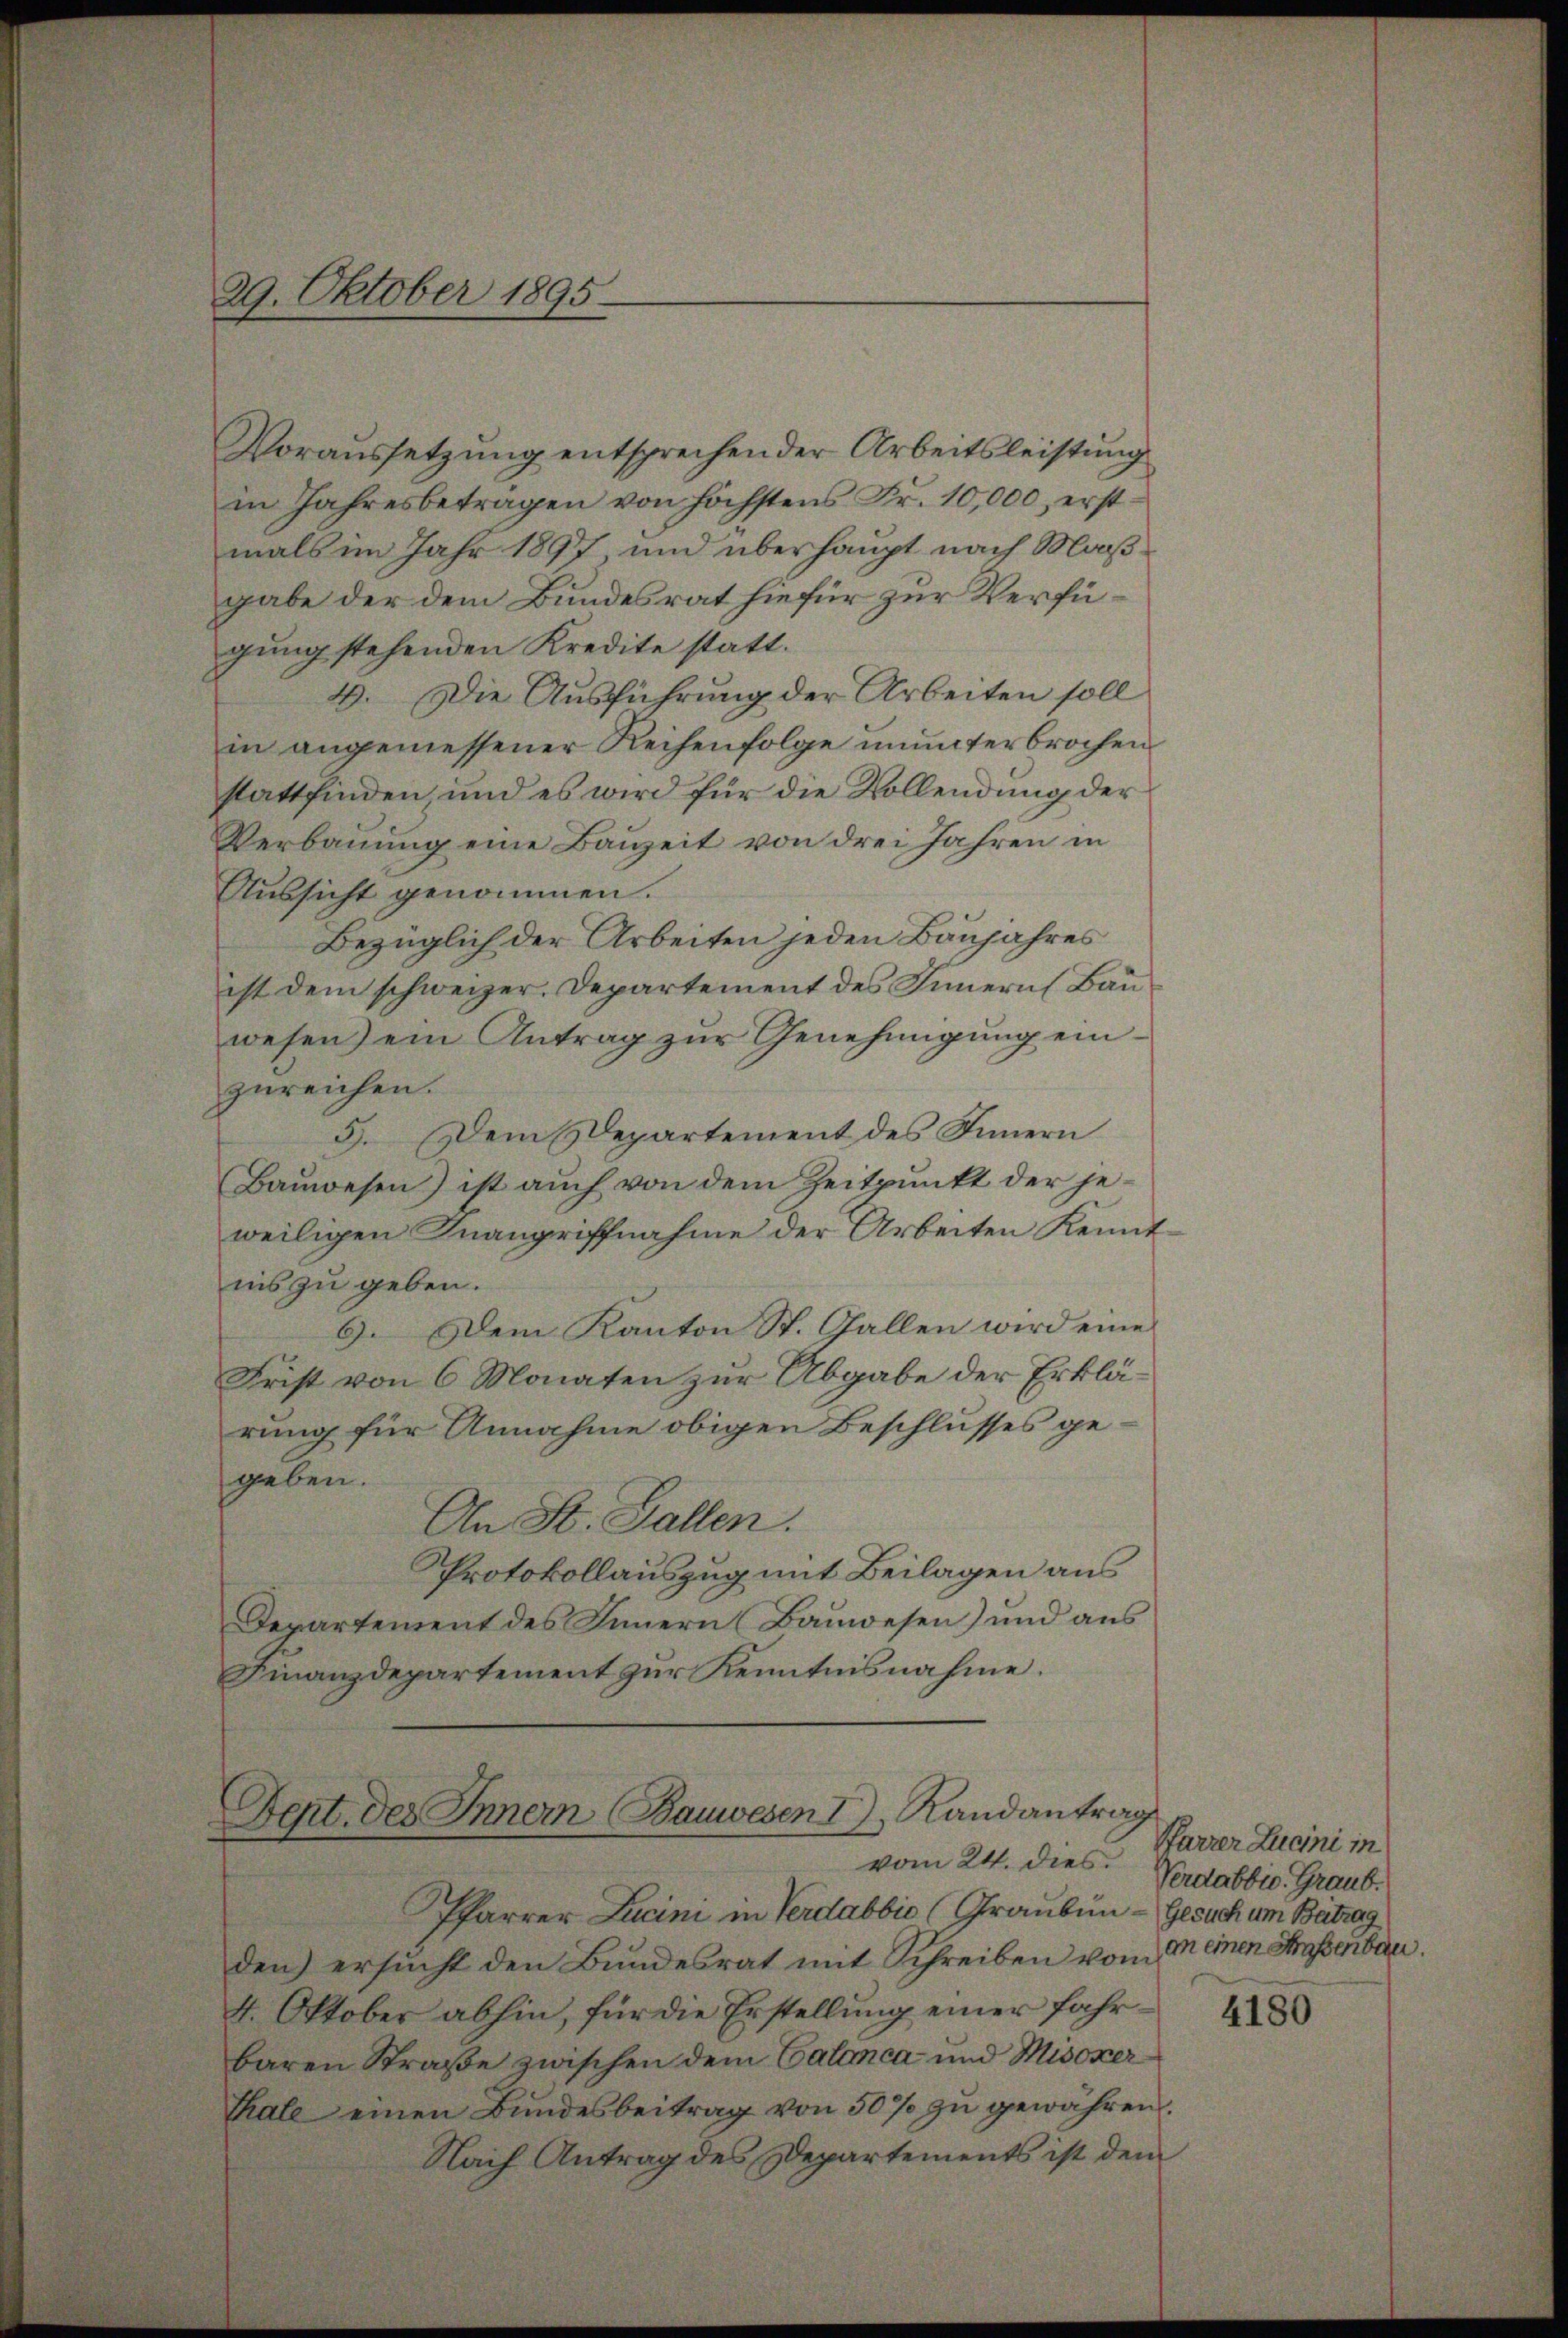
Voraussetzŭng entsprechen der Arbeitsleistŭng
in Jahresbeträgen von höchstens Fr. 10,000, erstmals im Jahr 1897, und überhaupt nach Maßgabe der dem Bundesrat hiefür zur Verfügung stehenden Kredite statt.
4. Die Ausführung der Arbeiten soll
in angemessener Reihenfolge ununterbrochen
stattfinden und es wird für die Vollendung der
Verbauung eine Bauzeit von drei Jahren in
Aussicht genommen.
Bezüglich der Arbeiten jeden Bäujahres
ist dem schweizer. Departement des Innern Bauwesen) ein Antrag zur Genehmigung einzureichen.
5. Dem Departement des Innern
Bauwesen) ist auch von dem Zeitpunkt der jeweiligen Inangriffnahme der Arbeiten Kennt
ins zu geben.
9. Dem Kanton St. Gallen wird eine
Frist von 6 Monaten zur Abgabe der Erklärung für Annahme obigen Beschlusses ge-
geben.
An Kt. Gallen.
Protokollauszug mit Beilagen aus
Departement des Innern Bauwesen) und aus
Finanzdepartement zur Kenntnisnahme.

29. Oktober 1895.

Dept. des Inner Bauwesen I, Randantrag
vom 24. dies.

Pfarrer Lucim in Verdabbia (Grauben - Gesuch um Betrag
den ersucht den Bundesrat mit Schreiben vom in einen Strassenbau.
4. Oktober abhin, für die Erstellung einer fahrbaren Straße zwischen dem Calanca und Misoxer¬
Thale einen Bŭndesbeitrag von 50% zu gewähren.
Nach Antrag des Departements ist dem

Parrer Lucini in
Verdabbio. Graub.

4180